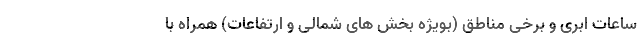
ساعات ابری و برخی مناطق (بویژه بخش های شمالی و ارتفاعات) همراه با